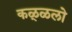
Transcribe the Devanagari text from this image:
कळ्ळलो